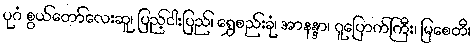
ပုဂံ စွယ်တော်လေးဆူ၊ ပြည့်ငါးပြည်၊ ရွှေစည်းခုံ၊ အာနန္ဒာ၊ ဂူပြောက်ကြီး၊ မြစေတီ၊